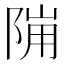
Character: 𱀙